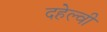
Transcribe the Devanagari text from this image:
दहेल्‍वी